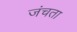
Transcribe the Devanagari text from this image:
जंचता